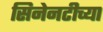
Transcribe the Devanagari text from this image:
सिनेनटीच्या